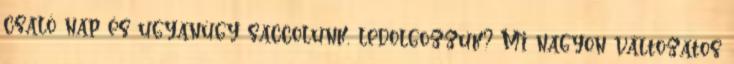
csaló nap és ugyanúgy saccolunk, ledolgozzuk? Mi nagyon változatos